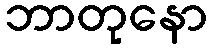
ဘာတုနော